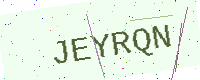
Text: JEYRQN